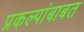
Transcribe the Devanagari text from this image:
प्रकल्पांबाबत